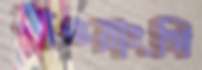
মাওয়াংগি